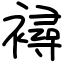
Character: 襑